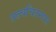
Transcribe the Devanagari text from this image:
तत्त्वचिंतनपर